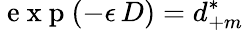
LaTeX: \mathrm{~e~x~p~}(-\epsilon\, D)=d_{+m}^{*}